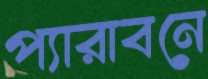
প্যারাবনে